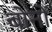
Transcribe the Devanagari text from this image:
बोनों